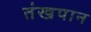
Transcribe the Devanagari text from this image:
तंखपान